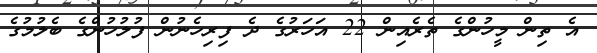
އެ ތިން މީހުންގެ ތެރެއިން 22 އަހަރުގެ ދެ ފިރިހެނުން ފުލުހުންގެ ބެލުމުގެ